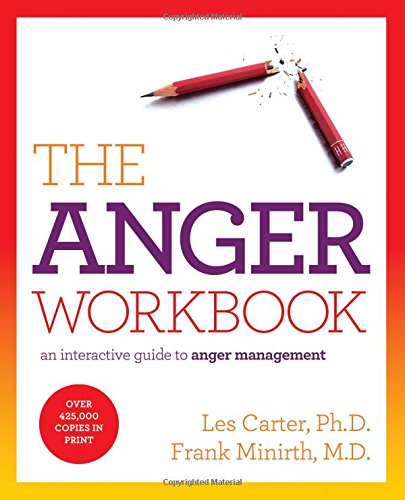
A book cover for The Anger Workbook: An Interactive Guide to Anger Management; Les Carter; Self-Help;